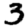
Digit: 3